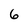
Character: 6